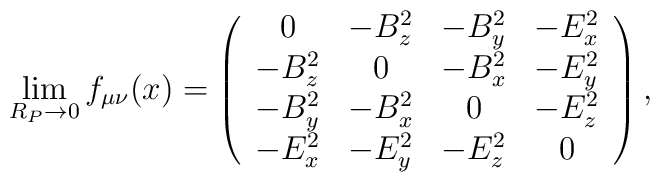
\lim _{R_{P}\rightarrow 0}f_{\mu \nu }(x)=\left( \begin{array}{cccc}0 & -B_{z}^{2} & -B_{y}^{2} & -E_{x}^{2}\\-B_{z}^{2} & 0 & -B_{x}^{2} & -E_{y}^{2}\\-B_{y}^{2} & -B_{x}^{2} & 0 & -E_{z}^{2}\\-E_{x}^{2} & -E_{y}^{2} & -E_{z}^{2} & 0\end{array}\right) ,